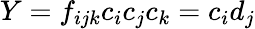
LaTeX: Y=f_{ijk}c_{i}c_{j}c_{k}=c_{i}d_{j}